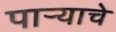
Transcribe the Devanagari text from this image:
पार्‍याचे